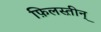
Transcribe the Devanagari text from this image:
फ़िलस्त़ीन्